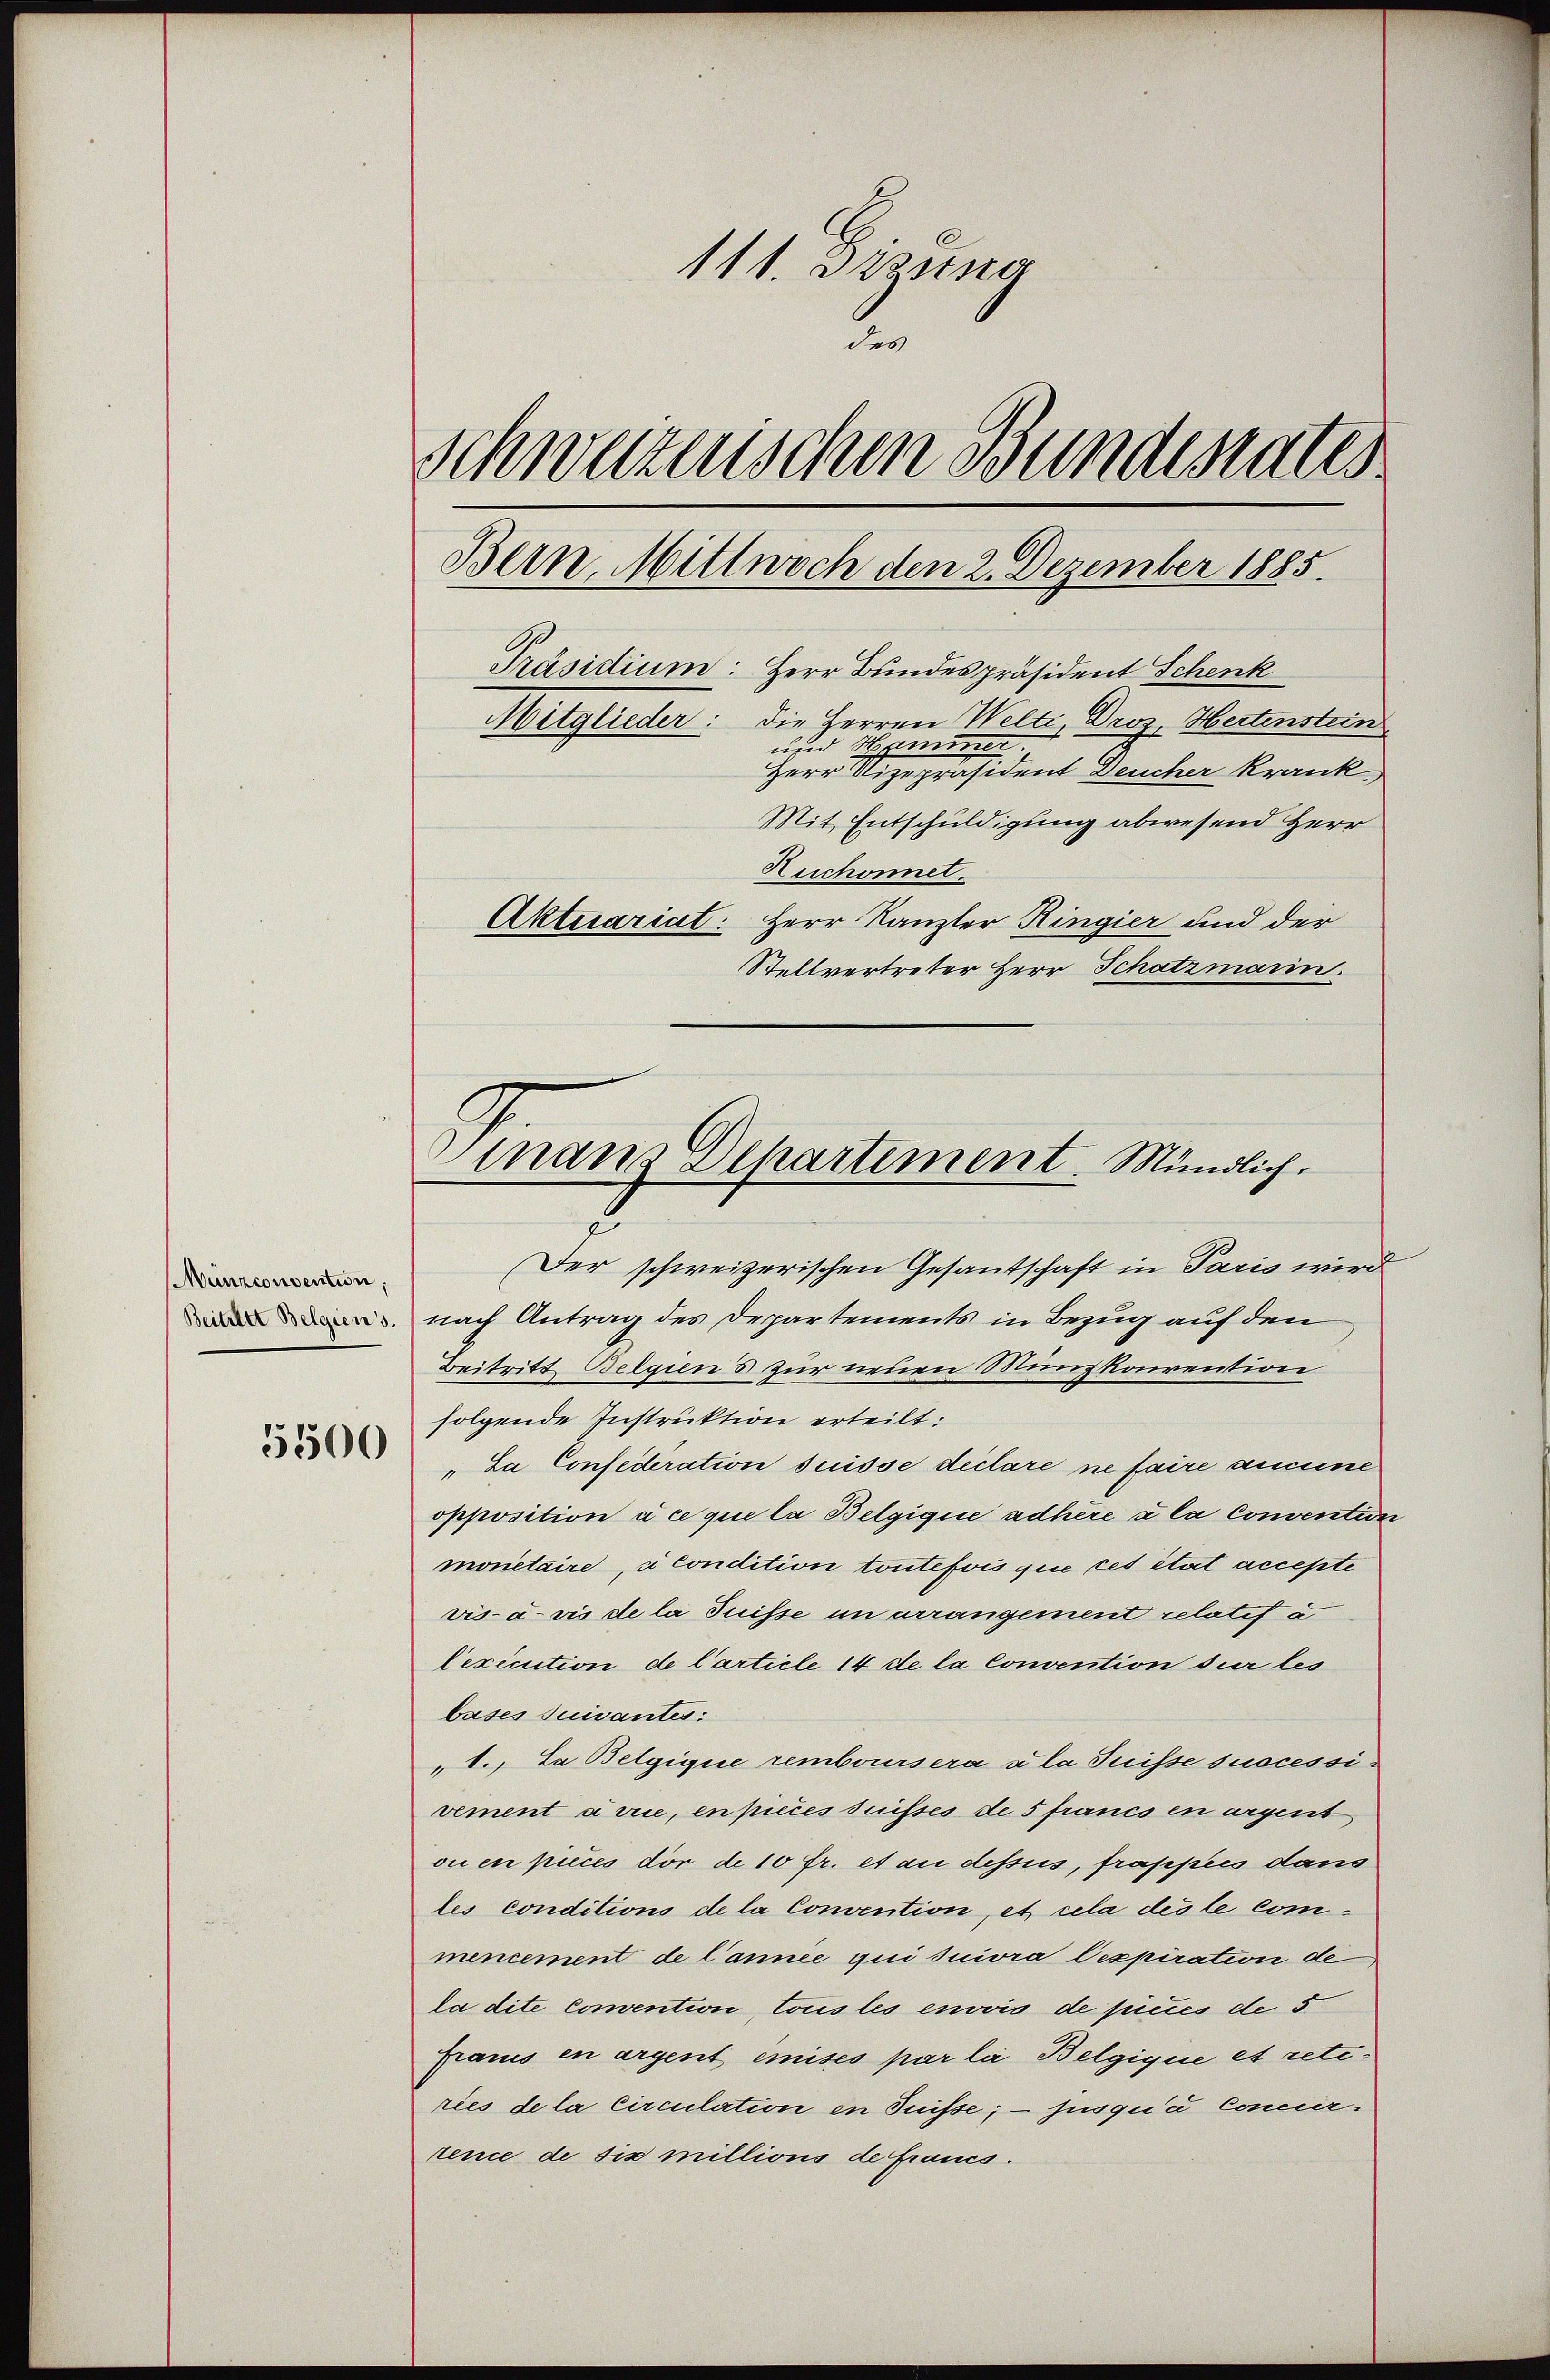
Münzconvention,
Beitelst Belgien s.

5500

111. Dastna
2
Schweizerischen Bundesrates
Präsidium: Herr Bundespräsident Schenk
Mitglieder: die Herren Welti Dros Hertenstein
und Hammer.
Herr Vizepräsident Deucher krank.
Mit Entschuldigung abwesend Herr
Huchonnet.
Aktuariat: Herr Kanzler Ringier und der
Stellvertreter Herr Schatzmann.

Der schweizerischen Gesandschaft in Paris wird
nach Antrag des Departements in Bezug auf den
Beitritt Belgien s zur neuen Munzkonrention
folgende Instruktion erteilt:
"La Confederation suisse declare ne faire aucune
opposition à ce que la Belgique adhère à la Conventier
monetaire, à condition toutefois quie cet état accepte
vis-à-vis de la Suisse in arrangement relatif à
lexécution de Carticle 14 de la convention sur les
bases suivantes:
"1. La Belgique remboursera à la Suisse successivement arrie, en prces suisses de 5 francs en argent
oi en pices dor de 10 fr. et an dessus, frappeis dans
les conditions de la Convention, et cela des le commencement de l’année qui suivra Cexpiration de
la dite convention, tous les envvis de pices de 5
Grauis en argent emises par la Belgique et retiries de la Circulation en Suisse; - jusqu’à Concurtence de six millions de francs.

Bern, Mittwoch den 2. Dezember 1885.

mans Departement. Mündlich